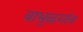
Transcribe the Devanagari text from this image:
बाभुळगांव